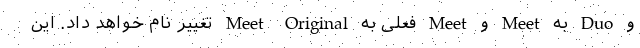
و Duo به Meet و Meet فعلی به Meet Original تغییر نام خواهد داد. این